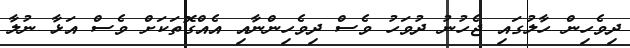
ދިވެހިން ހާލުގައި ޖެހުނު ދުވަހު ވެސް ދިވެހިންނާއި އެއްގޮތަކަށް ވެސް އަޅާ ނުލާ